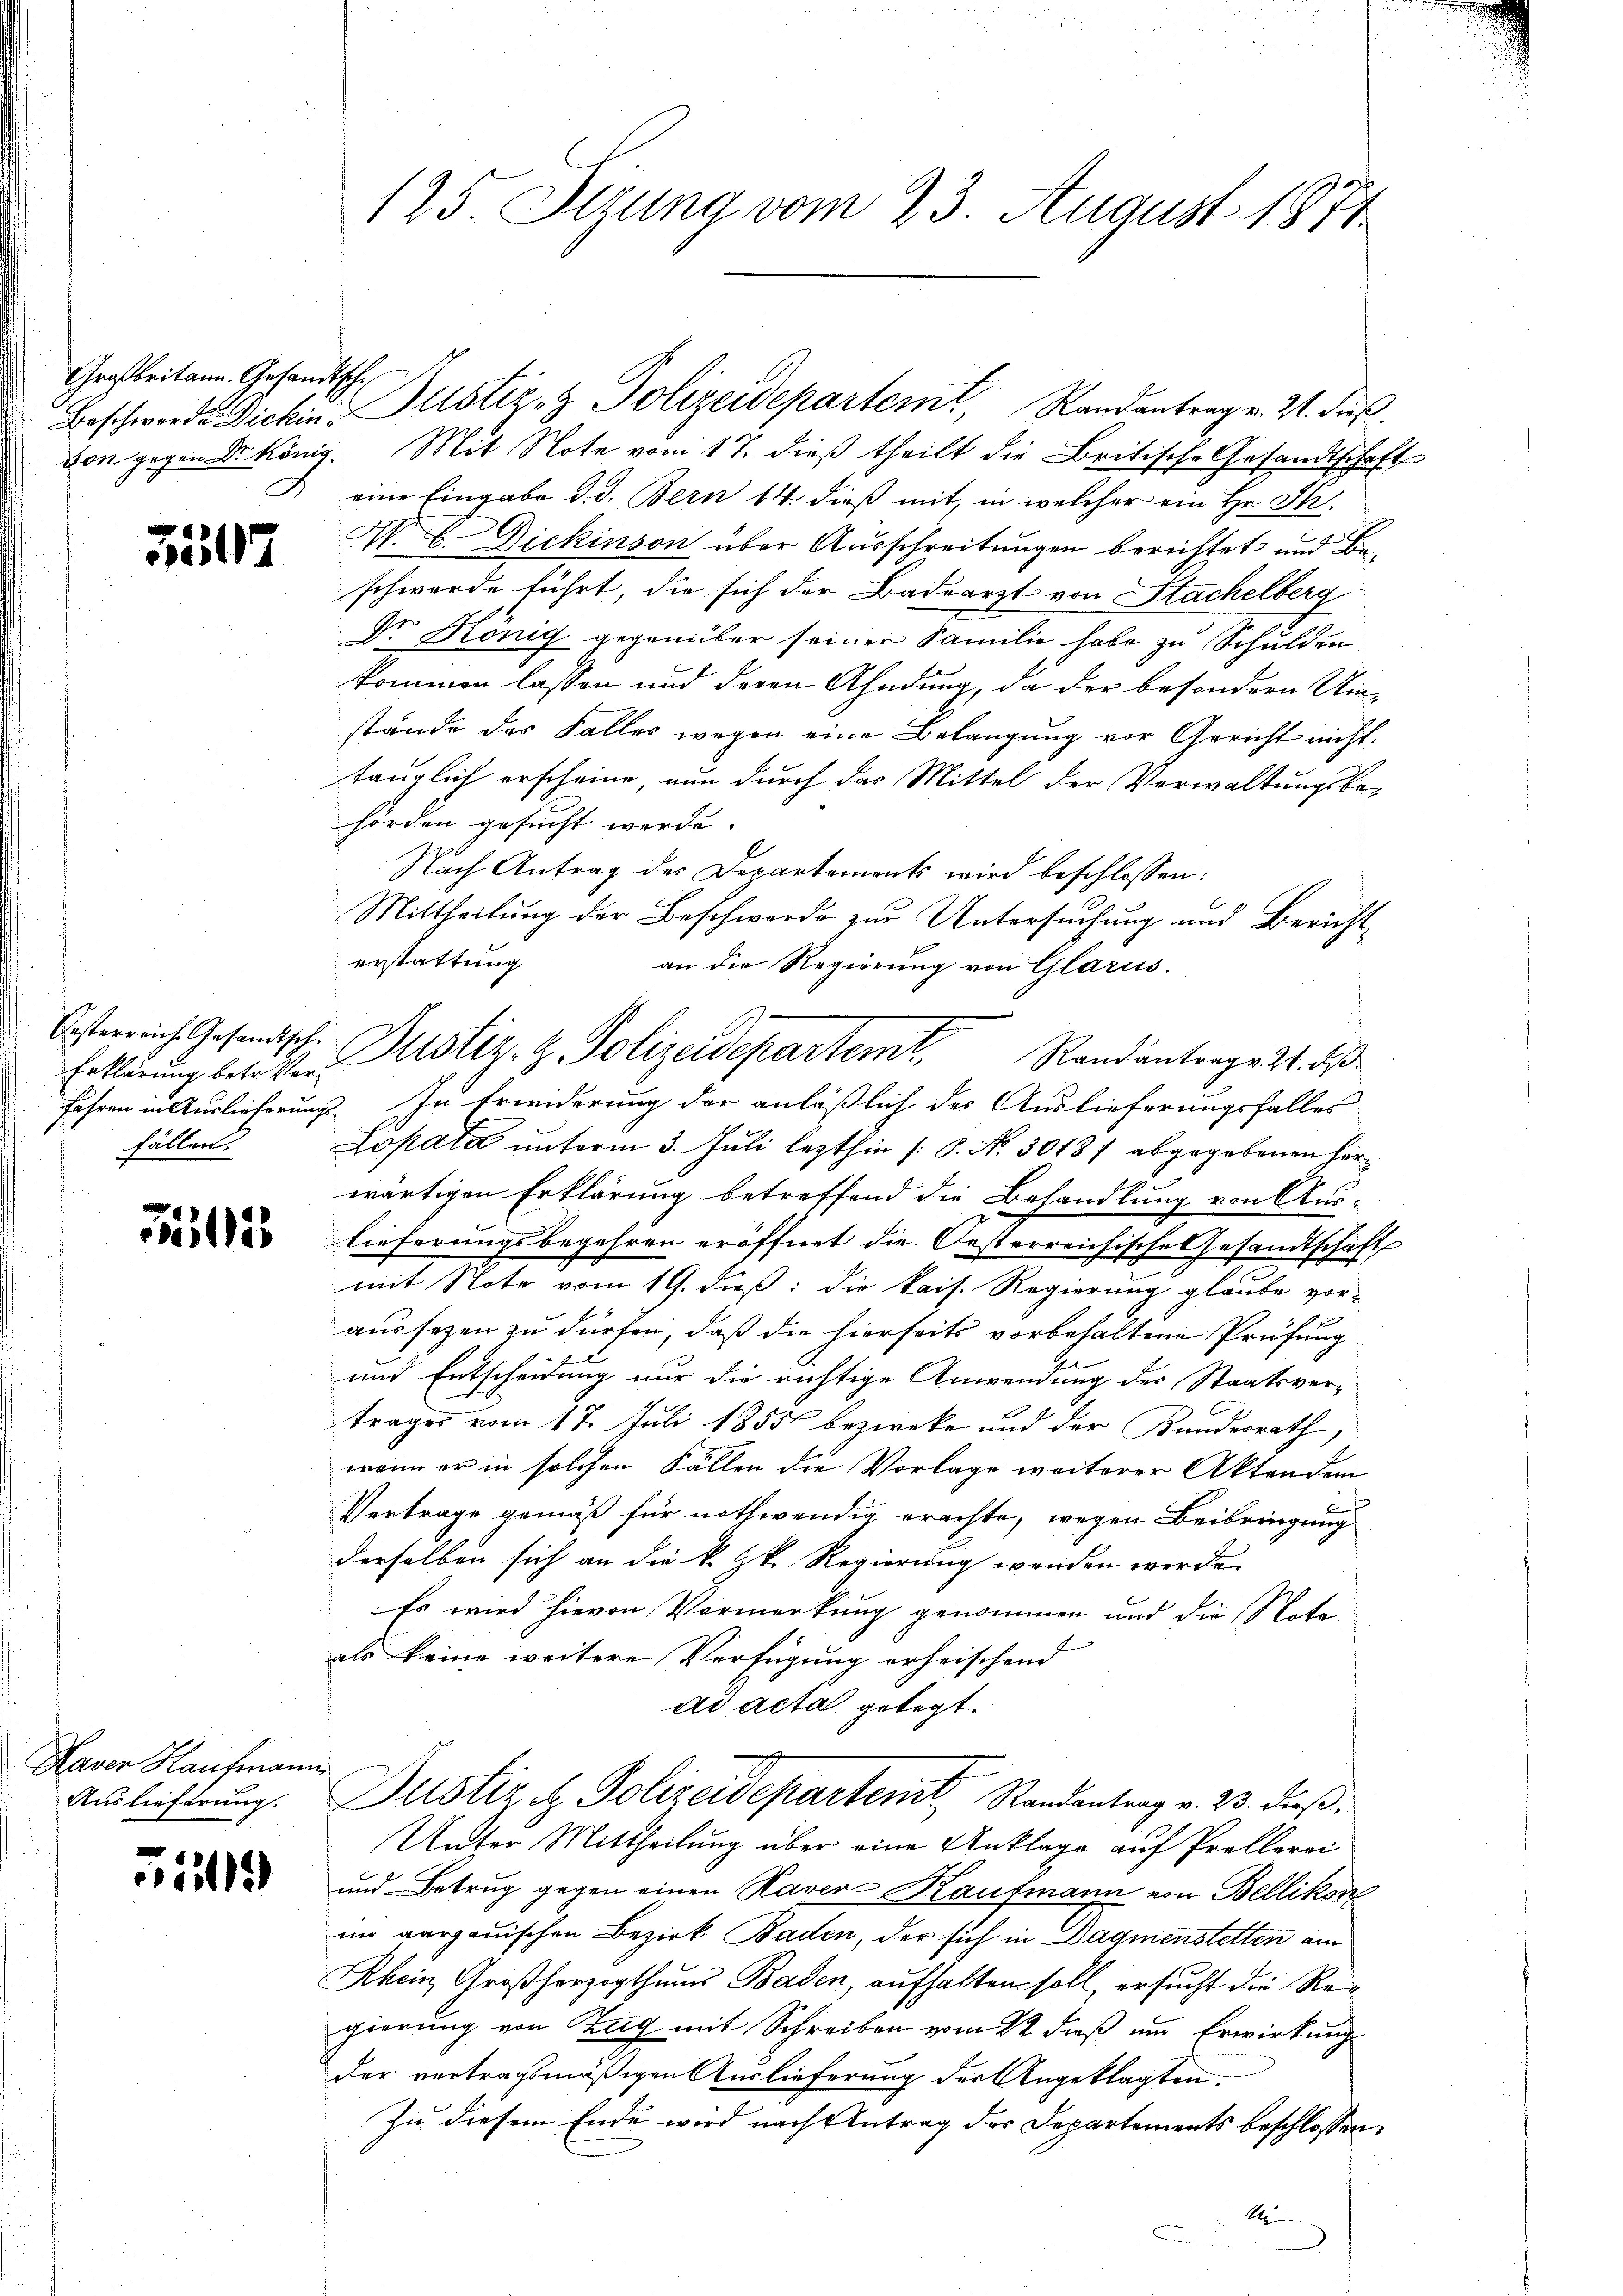
Großbritann. Gesandtschi

3517

Erklärung betr. Verfällen.

Fili

Haver Hautmann
Auslieferung.

Fülle

125. Itzung vom 23. August 1871

Beschwerde Dickin Justiz- & Polizeidepartemt, Randantrag v. 21. dieß
von gegen Dr. König. Mit Note vom 17. dieß theilt die Britische Gesandtschaft
eine Eingabe d. d. Bern 14. dieß mit, in welcher ein Hr. St.
N. C. Dickinson über Ausschreitungen berichtet und Beschwerde führt, die sich der Badearzt von Stackelberg
Dr. König gegenüber seiner Familie habe zu Schulden
kommen lassen und deren Ahndung, da der besondern Umstände des Falles wegen eine Belangung vor Gericht nicht
tänglich erscheine, nun durch das Mittel der Verwaltungsbe-
hörden gesucht werde.
Nach Antrag des Departements wird beschlossen:
Mittheilung der Beschwerde zur Untersuchung und Bericht
erstattung
an die Regierung von Glarus.
fahren in Auslieferungs. In Erwiderung der anläßlich des Auslieferungsfalles
Lopata unterm 3. Juli lezthin (S. N. 30187 abgegebenen Herwärtigen Erklärung betreffend die Behandlung von Aus-
lieferungsbegehren eröffnet die Oesterreichische Gesandtschaft
mit Note vom 19. dieß: die kais. Regierung glaube vor-
aussezen zu dürfen, daß die hierseits vorbehaltene Prüfung
und Entscheidung nur die richtige Anwendung der Staatsvertrages vom 17. Juli 1855 bezieke und der Kundesrath,
wenn er in solchen Fällen die Vorlage weiterer Akten dem
B
Vertrage gemäß für nothwendig erachte, wegen Beibringung
derselben sich an die k. k. Regierung werden werde.
Es wird hievon Vormerkung genommen und die Note
als keine weitere Verfügung erheischend
ad acta gelegt.
Justiz & Polizeidepartent Randantrag v. 23. dieß¬
Unter Mittheilung über eine Anklage auf Prellerei
und Betrug gegen einen Raver Kaufmann von Bellikon
im aargauischen Bezirk Baden, der sich in Dagmenstetten am
Rhein Großherzogthums Baden, aufhalten soll, ersucht die Re
gierung von Zug mit Schreiben vom 22 dieß um Erwirkung
der vertragsmäßigen Auslieferung der Angeklagten
Zu diesem Ende wird nach Antrag der Departements beschlossen:
A

Oesterreich Gesandtschi Justiz- & Polizeidepartemt, Randantrage 21. ds.